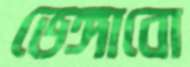
ভেঙ্গাবো